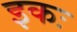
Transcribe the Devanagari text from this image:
इकः